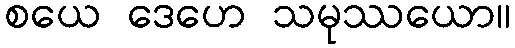
စယေ ဒေဟေ သမုဿယော။